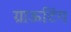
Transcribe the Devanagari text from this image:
ग्राऊटिंग